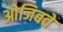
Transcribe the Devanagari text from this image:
ओजिबवे